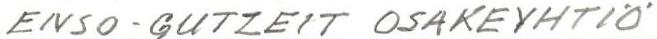
ENSO-GUTZEIT OSAKEYHTIÖ